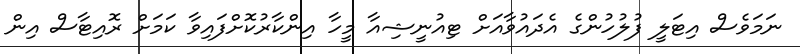
ނަމަވެސް އިޓަލީ ފުލުހުންގެ އެދައުވާއަށް ޓިއުނީޝިއާ މީހާ އިންކާރުކޮށްފައިވާ ކަމަށް ރޮއިޓާސް އިން